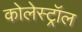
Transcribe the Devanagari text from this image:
कोलेस्‍ट्रॉल